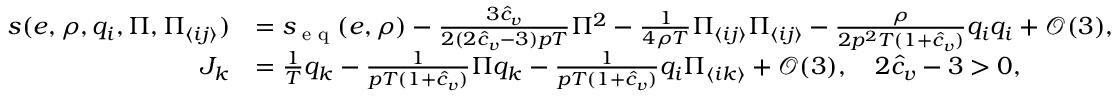
\begin{array} { r l } { s ( e , \rho , q _ { i } , \Pi , \Pi _ { \langle i j \rangle } ) } & { = s _ { \textrm { e q } } ( e , \rho ) - \frac { 3 \hat { c } _ { v } } { 2 ( 2 \hat { c } _ { v } - 3 ) p T } \Pi ^ { 2 } - \frac { 1 } { 4 \rho T } \Pi _ { \langle i j \rangle } \Pi _ { \langle i j \rangle } - \frac { \rho } { 2 p ^ { 2 } T ( 1 + \hat { c } _ { v } ) } q _ { i } q _ { i } + \mathcal { O } ( 3 ) , } \\ { J _ { k } } & { = \frac { 1 } { T } q _ { k } - \frac { 1 } { p T ( 1 + \hat { c } _ { v } ) } \Pi q _ { k } - \frac { 1 } { p T ( 1 + \hat { c } _ { v } ) } q _ { i } \Pi _ { \langle i k \rangle } + \mathcal { O } ( 3 ) , \quad 2 \hat { c } _ { v } - 3 > 0 , } \end{array}